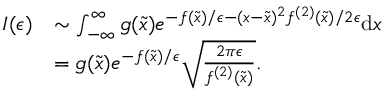
\begin{array} { r l } { I ( \epsilon ) } & { \sim \int _ { - \infty } ^ { \infty } g ( \tilde { x } ) e ^ { - f ( \tilde { x } ) / \epsilon - ( x - \tilde { x } ) ^ { 2 } f ^ { ( 2 ) } ( \tilde { x } ) / 2 \epsilon } \mathrm { d } x } \\ & { = g ( \tilde { x } ) e ^ { - f ( \tilde { x } ) / \epsilon } \sqrt { \frac { 2 \pi \epsilon } { f ^ { ( 2 ) } ( \tilde { x } ) } } . } \end{array}